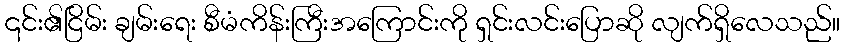
၎င်း၏ငြိမ်း ချမ်းရေး စီမံကိန်းကြီးအကြောင်းကို ရှင်းလင်းပြောဆို လျက်ရှိလေသည်။